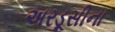
અરડૂસીના